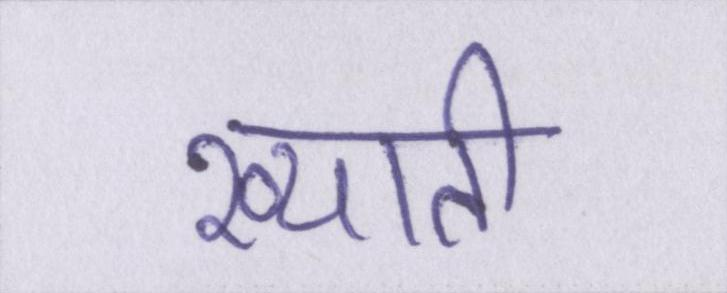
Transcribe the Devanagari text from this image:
ख्याती